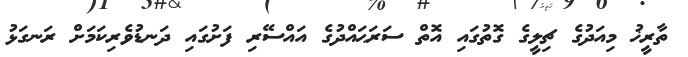
ތާރީޚު މިއަދުގެ ޗިލީގެ ގޮތުގައި އޮތް ސަރަޙައްދުގެ އައްސޭރި ފަށުގައި ދަނޑުވެރިކަމަށް ރަނގަޅު